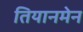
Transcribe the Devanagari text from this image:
तियानमेन